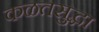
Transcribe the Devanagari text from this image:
कळतसुद्धा